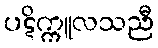
ပဋိက္ကူလသညီ